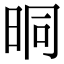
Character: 晍